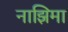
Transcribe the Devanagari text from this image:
नाझिमा